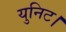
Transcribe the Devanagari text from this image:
युनिट।